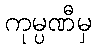
ကုမ္ပဏီမှ